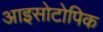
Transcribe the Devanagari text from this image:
आइसोटोपिक